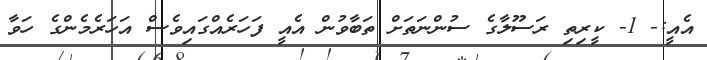
އެއީ:- 1- ކީރިތި ރަސޫލާގެ ސުންނަތަށް ތަބާވުން އެއީ ފަހަރެއްގައިވެސް އަހަރެމެންގެ ހަވާ